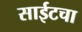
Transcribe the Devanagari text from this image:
साईटचा